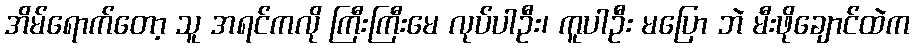
အိမ်ရောက်တော့ သူ အရင်ကလို ကြီးကြီးမေ လုပ်ပါဦး၊ ကူပါဦး မပြော ဘဲ မီးဖိုချောင်ထဲက